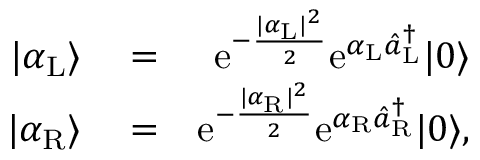
\begin{array} { r l r } { | \alpha _ { \mathrm { L } } \rangle } & { { } = } & { \mathrm { e } ^ { - \frac { | \alpha _ { \mathrm { L } } | ^ { 2 } } { 2 } } \mathrm { e } ^ { \alpha _ { \mathrm { L } } \hat { a } _ { \mathrm { L } } ^ { \dagger } } | 0 \rangle } \\ { | \alpha _ { \mathrm { R } } \rangle } & { { } = } & { \mathrm { e } ^ { - \frac { | \alpha _ { \mathrm { R } } | ^ { 2 } } { 2 } } \mathrm { e } ^ { \alpha _ { \mathrm { R } } \hat { a } _ { \mathrm { R } } ^ { \dagger } } | 0 \rangle , } \end{array}